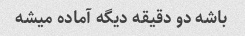
باشه دو دقیقه دیگه آماده میشه